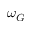
\omega _ { G }